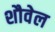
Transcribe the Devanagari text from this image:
शौवेल